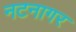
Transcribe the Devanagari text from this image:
नटनागर